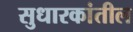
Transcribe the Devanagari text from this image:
सुधारकांतील